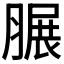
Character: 𦟌